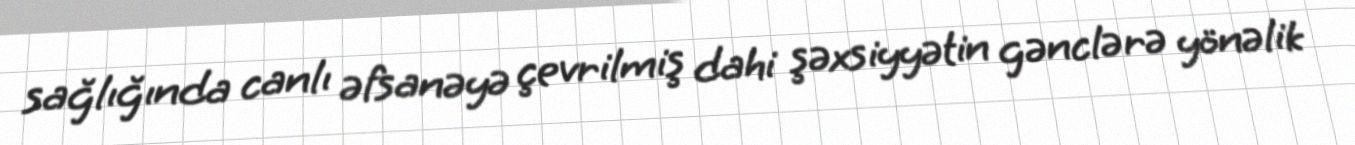
sağlığında canlı əfsanəyə çevrilmiş dahi şəxsiyyətin gənclərə yönəlik